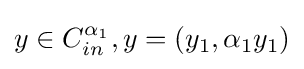
y\in C_{in}^{\alpha _{1}},y=(y_{1},\alpha _{1}y_{1})